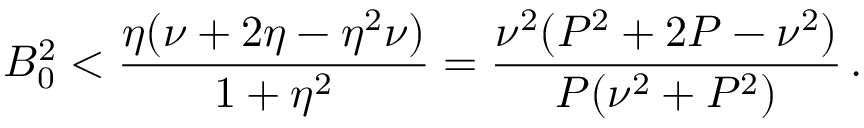
B _ { 0 } ^ { 2 } < \frac { \eta ( \nu + 2 \eta - \eta ^ { 2 } \nu ) } { 1 + \eta ^ { 2 } } = \frac { \nu ^ { 2 } ( P ^ { 2 } + 2 P - \nu ^ { 2 } ) } { P ( \nu ^ { 2 } + P ^ { 2 } ) } \, .